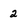
Character: 2